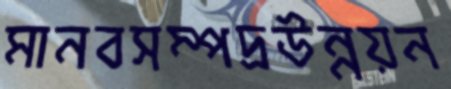
মানবসম্পদ্রউন্নয়ন